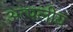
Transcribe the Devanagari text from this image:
अत्पलीय